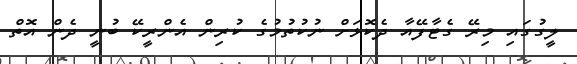
ލީގުގައި މިރޭ ގެޓާފޭއާ ދެކޮޅަށް ނުކުތުމުގެ ކުރިން އެންރީކޭ ބުނީ ދެން އޮތް